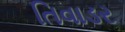
તિવાડર